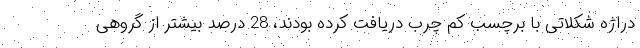
دراژه شکلاتی با برچسب کم چرب دریافت کرده بودند، 28 درصد بیشتر از گروهی